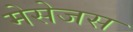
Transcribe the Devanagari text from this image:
मेसेजस